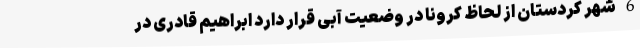
6 شهر کردستان از لحاظ کرونا در وضعیت آبی قرار دارد ابراهیم قادری در